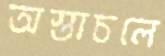
অস্তাচলে